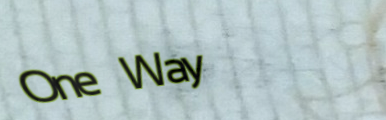
One Way